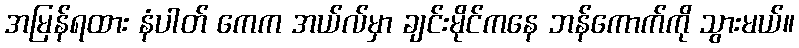
အမြန်ရထား နံပါတ် ကေက အယ်လ်မှာ ချင်းမိုင်ကနေ ဘန်ကောက်ကို သွားမယ်။